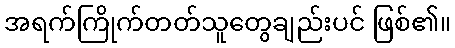
အရက်ကြိုက်တတ်သူတွေချည်းပင် ဖြစ်၏။